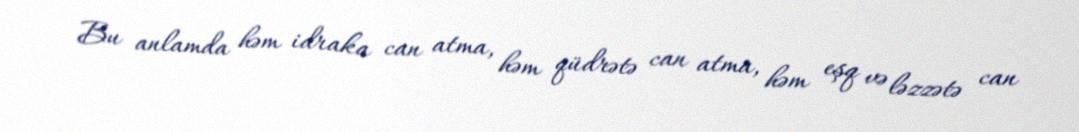
Bu anlamda həm idraka can atma, həm qüdrətə can atma, həm eşq və ləzzətə can